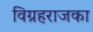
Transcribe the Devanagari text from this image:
विग्रहराजका